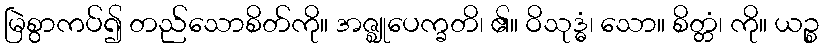
မြဲစွာကပ်၍ တည်သောစိတ်ကို။ အဇ္ဈုပေက္ခတိ၊ ၏။ ဝိသုဒ္ဓံ၊ သော။ စိတ္တံ၊ ကို။ ယဉ္စ